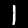
Label: 1